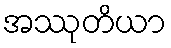
အဿုတိယာ